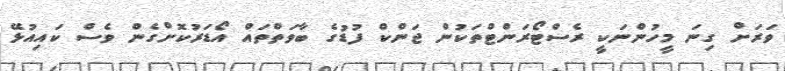
ވަރަށް ގިނަ މީހުންނަކީ ރެސްޓޯރަންޓްތަކުން ޖަންކް ފުޑުގެ ބާވަތްތައް އޯޑަރުކޮށްގެން ވެސް ކައިއުޅޭ